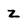
Character: z